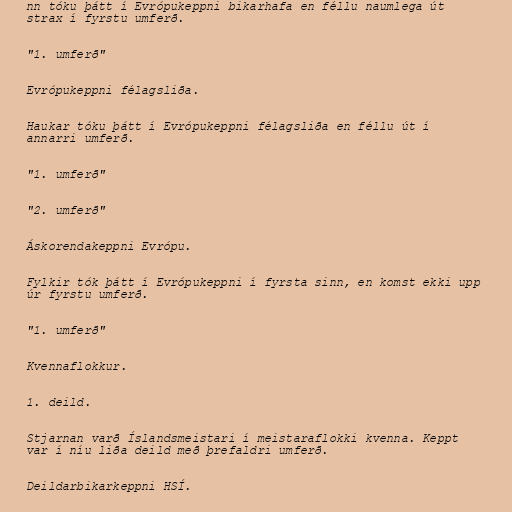
nn tóku þátt í Evrópukeppni bikarhafa en féllu naumlega út
strax í fyrstu umferð.

"1. umferð"

Evrópukeppni félagsliða.

Haukar tóku þátt í Evrópukeppni félagsliða en féllu út í
annarri umferð.

"1. umferð"

"2. umferð"

Áskorendakeppni Evrópu.

Fylkir tók þátt í Evrópukeppni í fyrsta sinn, en komst ekki upp
úr fyrstu umferð.

"1. umferð"

Kvennaflokkur.

1. deild.

Stjarnan varð Íslandsmeistari í meistaraflokki kvenna. Keppt
var í níu liða deild með þrefaldri umferð.

Deildarbikarkeppni HSÍ.